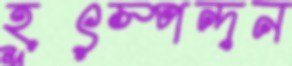
হূৎস্পন্দন